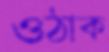
ওঠাক